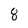
Character: 8